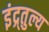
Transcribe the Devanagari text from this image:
इंद्र्तुल्य